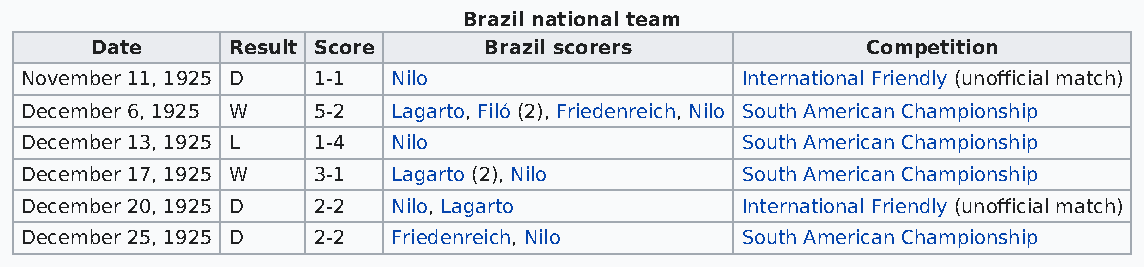
Brazil national team
 Date     Result Score     Brazil scorers           Competition
 November 11, 1925 D 1-1  Nilo                   International Friendly (unofficial match)
 December 6, 1925 W  5-2  Lagarto, Filó (2), Friedenreich, Nilo South American Championship
 December 13, 1925 L 1-4  Nilo                   South American Championship
 December 17, 1925 W 3-1  Lagarto (2), Nilo      South American Championship
 December 20, 1925 D 2-2  Nilo, Lagarto          International Friendly (unofficial match)
 December 25, 1925 D 2-2  Friedenreich, Nilo     South American Championship